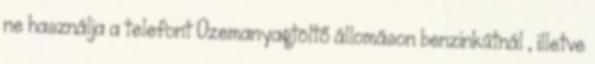
ne használja a telefont Üzemanyagtöltő állomáson benzinkútnál , illetve